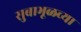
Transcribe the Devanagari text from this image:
सुबाभूळच्या